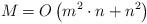
LaTeX: \begin{align*}M_{} = O\left( m^2 \cdot n + n^2 \right)\end{align*}